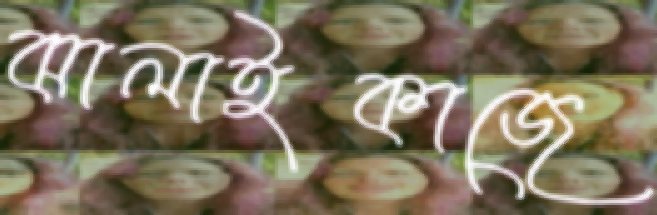
ঝালাইকাজে